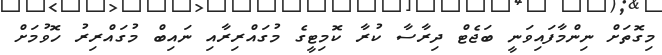
މިގޮތަށް ނިންމާފައިވަނީ ބަޖެޓް ދިރާސާ ކުރާ ކޮމިޓީގެ މުގައްރިރާއި ނައިބް މުގައްރިރު ހޮވުމަށް